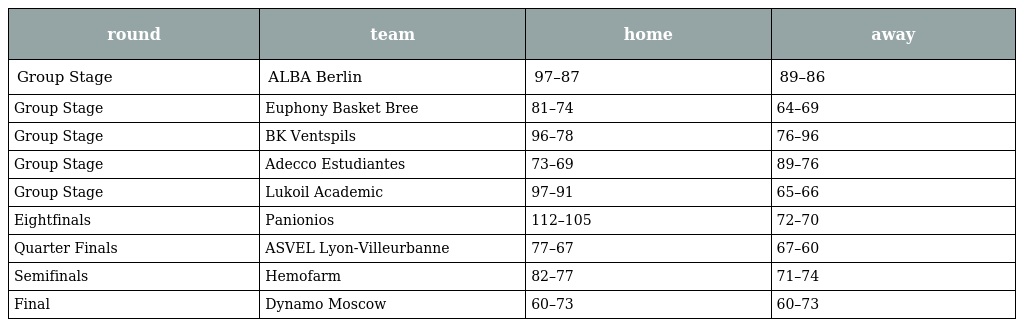
| round | team | home | away |
 | --- | --- | --- | --- |
 | Group Stage | ALBA Berlin | 97–87 | 89–86 |
 | Group Stage | Euphony Basket Bree | 81–74 | 64–69 |
 | Group Stage | BK Ventspils | 96–78 | 76–96 |
 | Group Stage | Adecco Estudiantes | 73–69 | 89–76 |
 | Group Stage | Lukoil Academic | 97–91 | 65–66 |
 | Eightfinals | Panionios | 112–105 | 72–70 |
 | Quarter Finals | ASVEL Lyon-Villeurbanne | 77–67 | 67–60 |
 | Semifinals | Hemofarm | 82–77 | 71–74 |
 | Final | Dynamo Moscow | 60–73 | 60–73 |